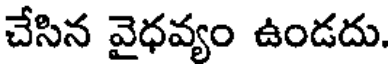
చేసిన వైధవ్యం ఉండదు.